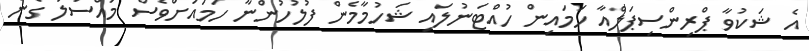
އެ ޝަކުވާ ޕްރިންސިޕަލްއާ ހަމައިން ހުއްޓަނުލައި ޝަހުމާމެން ފުލުހުންނާ ހަމައަށްވެސް މައްސަލަ ގެން